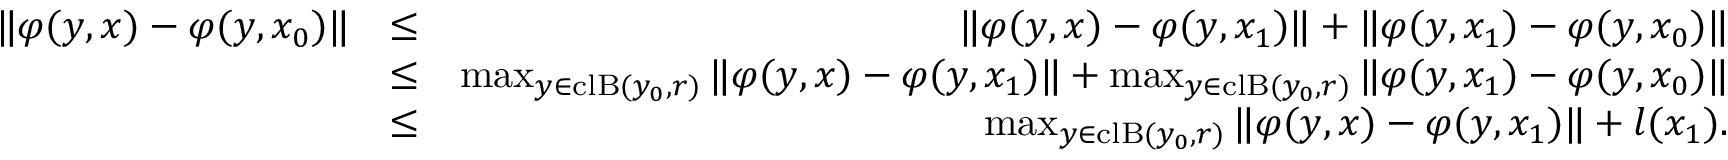
\begin{array} { r l r } { \| \varphi ( y , x ) - \varphi ( y , x _ { 0 } ) \| } & { \leq } & { \| \varphi ( y , x ) - \varphi ( y , x _ { 1 } ) \| + \| \varphi ( y , x _ { 1 } ) - \varphi ( y , x _ { 0 } ) \| } \\ & { \leq } & { \operatorname* { m a x } _ { y \in \mathrm { c l } \mathrm { B } ( y _ { 0 } , r ) } \| \varphi ( y , x ) - \varphi ( y , x _ { 1 } ) \| + \operatorname* { m a x } _ { y \in \mathrm { c l } \mathrm { B } ( y _ { 0 } , r ) } \| \varphi ( y , x _ { 1 } ) - \varphi ( y , x _ { 0 } ) \| } \\ & { \leq } & { \operatorname* { m a x } _ { y \in \mathrm { c l } \mathrm { B } ( y _ { 0 } , r ) } \| \varphi ( y , x ) - \varphi ( y , x _ { 1 } ) \| + l ( x _ { 1 } ) . } \end{array}